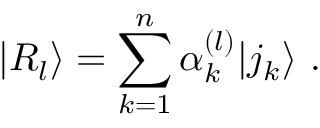
| R _ { l } \rangle = \sum _ { k = 1 } ^ { n } \alpha _ { k } ^ { ( l ) } | j _ { k } \rangle \ .